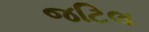
જટિલ